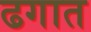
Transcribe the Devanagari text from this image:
ढगात